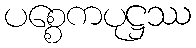
ပစ္စေကပုဋ္ဌဿ